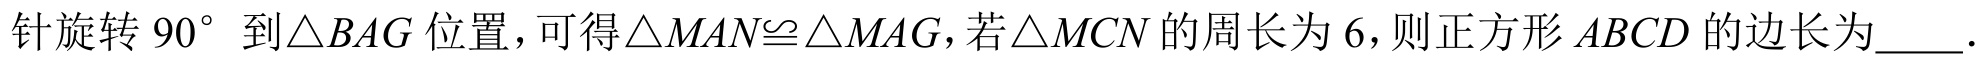
针旋转 \(90^{\circ}\) 到\(\triangle BAG\) 位置，可得\(\triangle MAN\cong\triangle MAG\)，若\(\triangle MCN\) 的周长为 \(6\)，则正方形 \(ABCD\) 的边长为  .